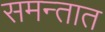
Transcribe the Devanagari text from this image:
समन्तात